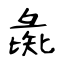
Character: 彘